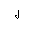
Letter: _lam